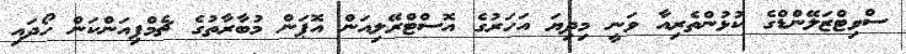
ސްވިޓްޒަލޭންޑްގެ ކުޅުންތެރިއާ ވަނީ މިދިޔަ އަހަރުގެ އޮސްޓްރޭލިއަން އޮޕަން މުބާރާތުގެ ޗެމްޕިއަންކަން ހޯދައި